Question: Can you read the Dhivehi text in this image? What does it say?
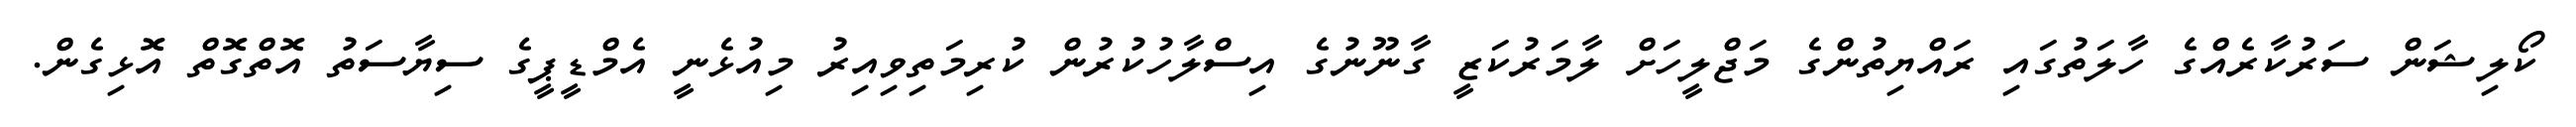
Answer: ކޯލިޝަން ސަރުކާރެއްގެ ހާލަތުގައި ރައްޔިތުންގެ މަޖްލީހަށް ލާމަރުކަޒީ ގާނޫނުގެ އިސްލާހުކުރުން ކުރިމަތިވިއިރު މިއުޅެނީ އެމްޑީޕީގެ ސިޔާސަތު އޮތްގޮތް އޮޅިގެން.